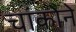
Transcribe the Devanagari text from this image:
चांकोने